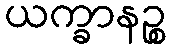
ယက္ခာနဉ္စ